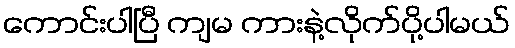
ကောင်းပါပြီ ကျမ ကားနဲ့လိုက်ပို့ပါမယ်